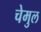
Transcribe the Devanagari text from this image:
चेमुल